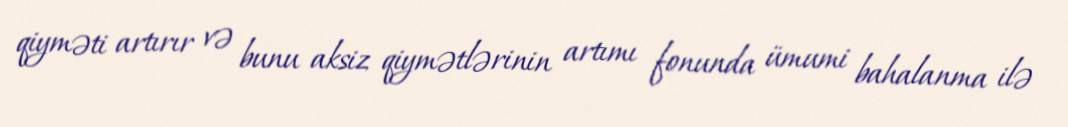
qiyməti artırır və bunu aksiz qiymətlərinin artımı fonunda ümumi bahalanma ilə